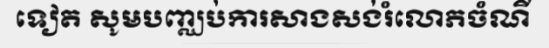
ទៀត សូមបញ្ឈប់ការសាងសង់រំលោភចំណី